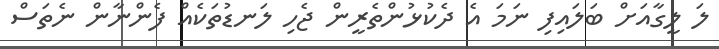
ލަ ލީގާއަށް ބަލައިފި ނަމަ އެ ދެކުޅުންތެރީން ޖެހި ލަނޑުތަކެއް ފެންނާން ނެތަސް